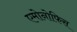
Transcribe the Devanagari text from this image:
एमोनोफिस